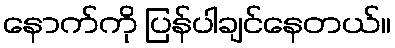
နောက်ကို ပြန်ပါချင်နေတယ်။